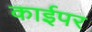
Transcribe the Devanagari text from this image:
काईपर